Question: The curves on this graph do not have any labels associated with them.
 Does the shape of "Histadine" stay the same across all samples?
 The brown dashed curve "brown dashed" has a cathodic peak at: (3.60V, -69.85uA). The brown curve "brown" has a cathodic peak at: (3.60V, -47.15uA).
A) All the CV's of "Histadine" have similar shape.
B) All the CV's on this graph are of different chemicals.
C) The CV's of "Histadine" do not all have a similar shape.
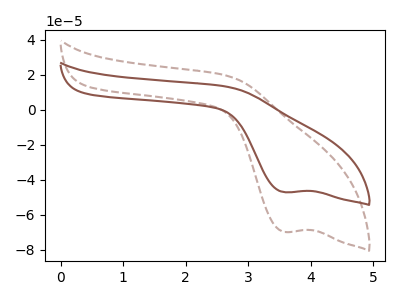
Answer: <think>All the peaks in "brown dashed" have a peak in "brown" at the same potential. Every peak in "brown dashed" is higher than every peak in "brown".
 </think>
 <answer>A) All the CV's of "Histadine" have similar shape.</answer>
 <eval>A</eval>